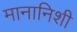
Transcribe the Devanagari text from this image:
मानानिशी